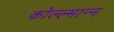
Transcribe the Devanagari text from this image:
कोल्ल्मान्न